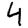
Digit: 4